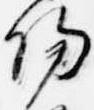
陽